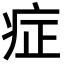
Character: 症